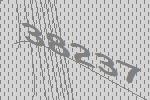
38237